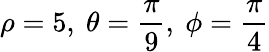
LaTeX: \rho=5,\ \theta={\frac{\pi}{9}},\ \phi={\frac{\pi}{4}}